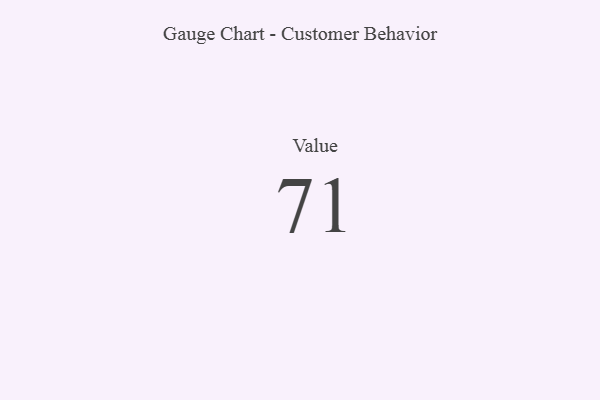
{"axis": {"x": "Metric", "y": "Value"}, "legend": [""], "data": [{"x": "Value", "y": 71, "type": ""}]}